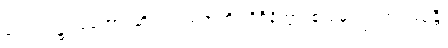
လောက၌။ ရဟော၊ ဆိတ်ကွယ်ရာကို။ ဝိစိနိတွာ၊ စူးစမ်း၍။ အပဿန္တီ၊